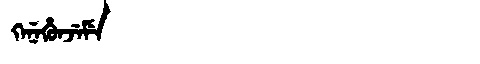
Manchu: ᡴᡝᠨᡝᡥᡠᠨᠵᡝᠮᡝ
Romanization: KENEHUNJEME